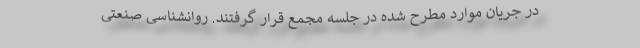
در جریان موارد مطرح شده در جلسه مجمع قرار گرفتند. روانشناسی صنعتی